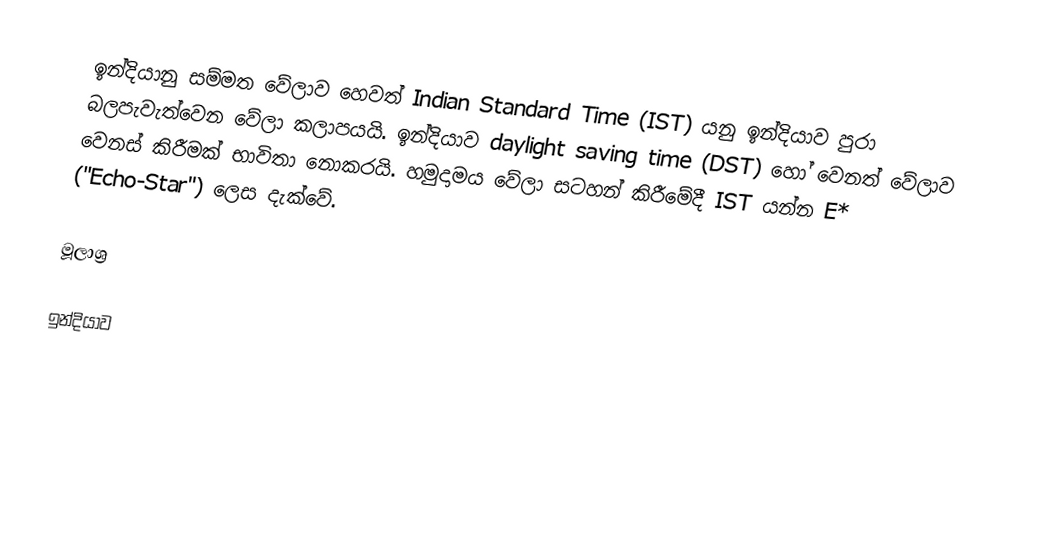
ඉන්දියානු සම්මත වේලාව හෙවත් Indian Standard Time (IST) යනු ඉන්දියාව පුරා බලපැවැත්වෙන වේලා කලාපයයි. ඉන්දියාව daylight saving time (DST) හෝ වෙනත් වේලාව වෙනස් කිරීමක් භාවිතා නොකරයි. හමුදාමය වේලා සටහන් කිරීමේදී  IST  යන්න E* ("Echo-Star") ලෙස දැක්වේ.

මූලාශ්‍ර

ඉන්දියාව